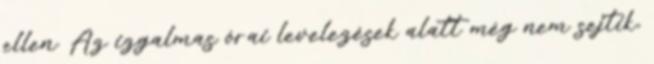
ellen. Az izgalmas órai levelezések alatt még nem sejtik,